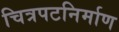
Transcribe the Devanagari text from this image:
चित्रपटनिर्माण